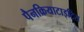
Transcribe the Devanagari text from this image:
पैनक्रियाटाइटिस